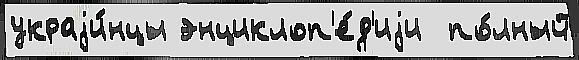
украjи́нцы энциклоп'е́д'иjи  по́лный